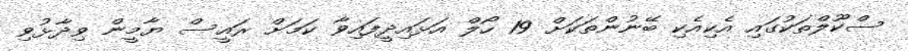
ސްކޫލްތަކުގައި އެކިއެކި ބޭނުންތަކަށް 19 ހޯލް އަޅައިދީފައިވާ ކަމަށް ރައީސް ޔާމީން ވިދާޅުވި